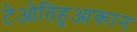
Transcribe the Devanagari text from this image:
टेओतिहुआकान